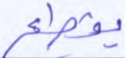
بقطع